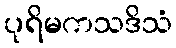
ပုရိမကသဒိသံ